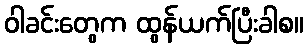
ဝါခင်းတွေက ထွန်ယက်ပြီးခါစ။